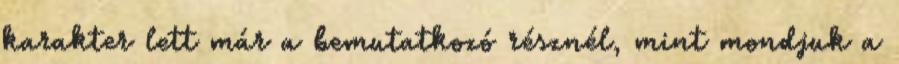
karakter lett már a bemutatkozó résznél, mint mondjuk a